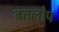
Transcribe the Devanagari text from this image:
व्रतलोप